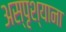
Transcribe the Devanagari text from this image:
अस्पृश्याना